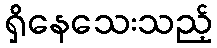
ရှိနေသေးသည့်